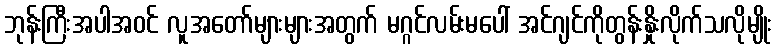
ဘုန်းကြီးအပါအဝင် လူအတော်များများအတွက် မဂ္ဂင်လမ်းမပေါ် အင်ဂျင်ကိုတွန်းနှိုးလိုက်သလိုမျိုး